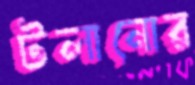
টলানোর